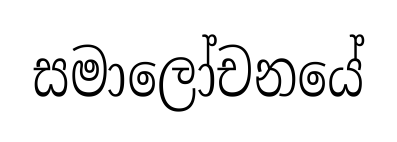
සමාලෝචනයේ